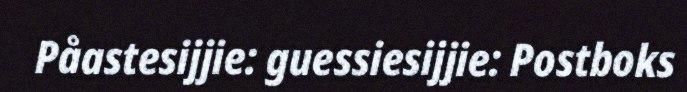
Påastesijjie: guessiesijjie: Postboks